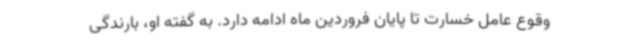
وقوع عامل خسارت تا پایان فروردین ماه ادامه دارد. به گفته او، بارندگی